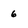
Character: 6